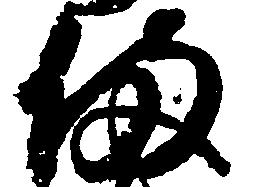
備